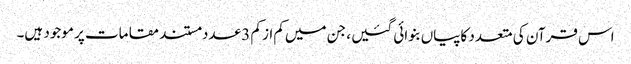
اس قرآن کی متعدد کاپیاں‌بنوائی گئیں ، جن میں‌کم از کم 3 عدد مستند مقامات پر موجود ہیں۔